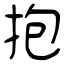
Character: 抱